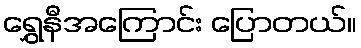
ရွှေနီအကြောင်း ပြောတယ်။